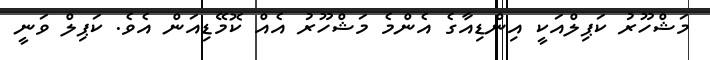
މަޝްހޫރު ކަޕިލްއަކީ އިންޑިއާގެ އެންމެ މަޝްހޫރު އެއް ކޮމޭޑިއަން އެވެ. ކަޕިލް ވަނީ